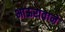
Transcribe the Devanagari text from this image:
भाऊरावाने